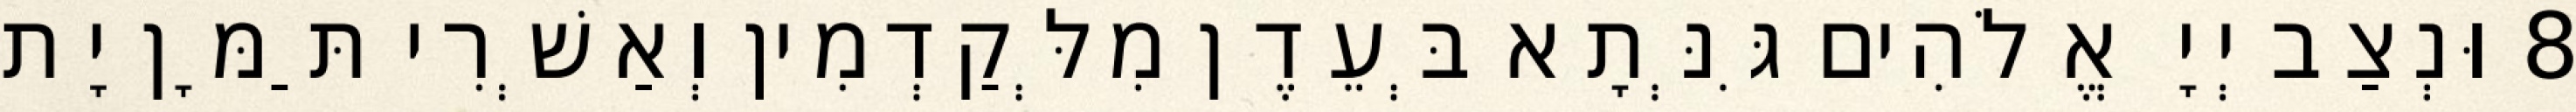
8 וּנְצַב יְיָ אֱלֹהִים גִּנְּתָא בְּעֵדֶן מִלְּקַדְמִין וְאַשְׁרִי תַּמָּן יָת